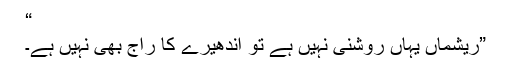
“
”ریشماں یہاں روشنی نہیں ہے تو اندھیرے کا راج بھی نہیں ہے۔